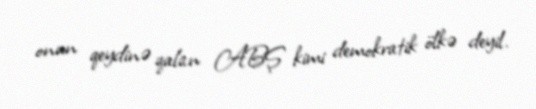
onun qeydinə qalan ABŞ kimi demokratik ölkə deyil.